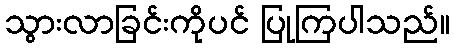
သွားလာခြင်းကိုပင် ပြုကြပါသည်။